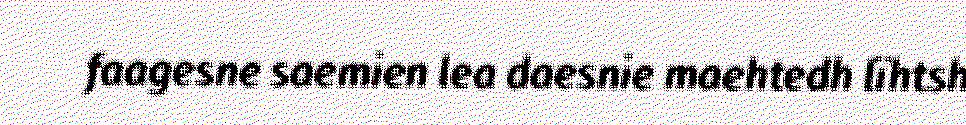
faagesne saemien lea daesnie maehtedh lïhtsh